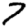
Digit: 7